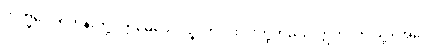
ဘိက္ခဝေ၊ ရဟန်းတို့။ ဣမေခေါ ပဉ္စ၊ ဤငါးပါးတို့တည်း။ ဣတိ၊ ဤသို့။ အဝေါ၊